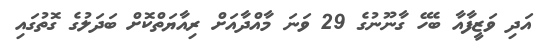
އަދި ވަޒީފާއާ ބެހޭ ގާނޫނުގެ 29 ވަނަ މާއްދާއަށް ރިއާޔަތްކޮށް ބަދަލުގެ ގޮތުގައި